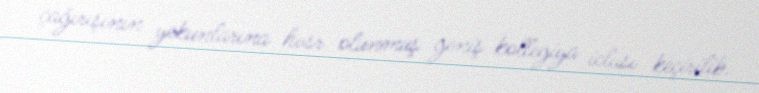
çağırışının yekunlarına həsr olunmuş geniş kollegiya iclası keçirilib.